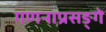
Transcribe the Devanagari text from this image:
गणनाप्रसङ्गे